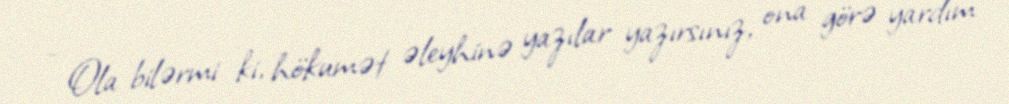
- Ola bilərmi ki, hökumət əleyhinə yazılar yazırsınız, ona görə yardım